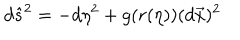
LaTeX: d \hat { s } ^ { 2 } = - d \eta ^ { 2 } + g ( r ( \eta ) ) ( d \vec { x } ) ^ { 2 }